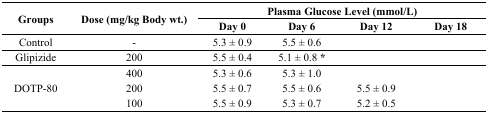
<table><thead><tr><td rowspan="2"><b>Groups</b></td><td rowspan="2"><b>Dose (mg/kg Body wt.)</b></td><td colspan="4"><b>Plasma Glucose Level (mmol/L)</b></td></tr><tr><td><b>Day 0</b></td><td><b>Day 6</b></td><td><b>Day 12</b></td><td><b>Day 18</b></td></tr></thead><tbody><tr><td>Control</td><td>-</td><td>5.3 ± 0.9</td><td>5.5 ± 0.6</td><td>[EMPTY_CELL]</td><td>[EMPTY_CELL]</td></tr><tr><td>Glipizide</td><td>200</td><td>5.5 ± 0.4</td><td>5.1 ± 0.8 *</td><td>[EMPTY_CELL]</td><td>[EMPTY_CELL]</td></tr><tr><td rowspan="3">DOTP-80</td><td>400</td><td>5.3 ± 0.6</td><td>5.3 ± 1.0</td><td>[EMPTY_CELL]</td><td>[EMPTY_CELL]</td></tr><tr><td>200</td><td>5.5 ± 0.7</td><td>5.5 ± 0.6</td><td>5.5 ± 0.9</td><td>[EMPTY_CELL]</td></tr><tr><td>100</td><td>5.5 ± 0.9</td><td>5.3 ± 0.7</td><td>5.2 ± 0.5</td><td>[EMPTY_CELL]</td></tr></tbody></table>